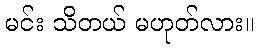
မင်း သိတယ် မဟုတ်လား။